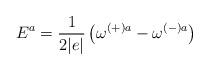
LaTeX: \begin{align*}E^{a}=\frac{1}{2|e|}\left( \omega ^{(+)a}-\omega ^{(-)a}\right)\end{align*}